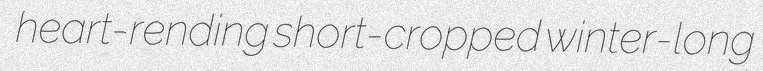
heart-rending short-cropped winter-long